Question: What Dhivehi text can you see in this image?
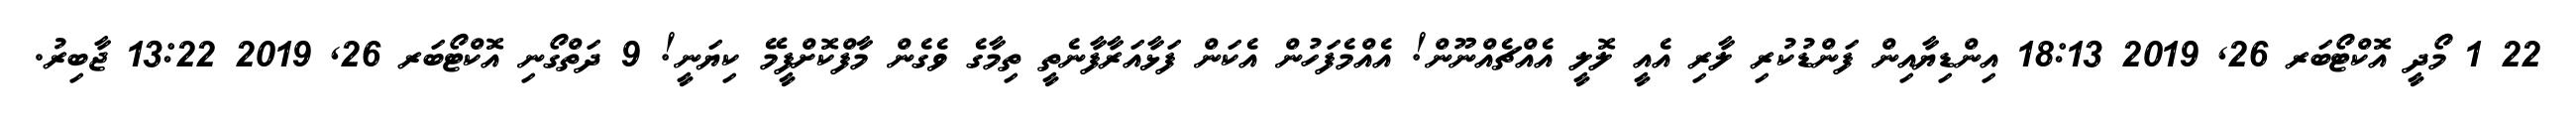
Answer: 22 1 މޯދީ އޮކްޓޯބަރ 26, 2019 18:13 އިންޑިޔާއިން ފަންޑުކުރި ލާރި އެއީ ލޮލީ އެއްޗެއްނޫން! އެއްމެފަހުން އެކަން ފަޅާއަރާފާނެތީ ތިމާގެ ވެގެން މާފްކޮށްފީމޭ ކިޔަނީ! 9 ދަތްގޯނި އޮކްޓޯބަރ 26, 2019 13:22 ޖާބިރު.